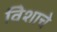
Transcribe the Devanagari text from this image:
विेशाचे